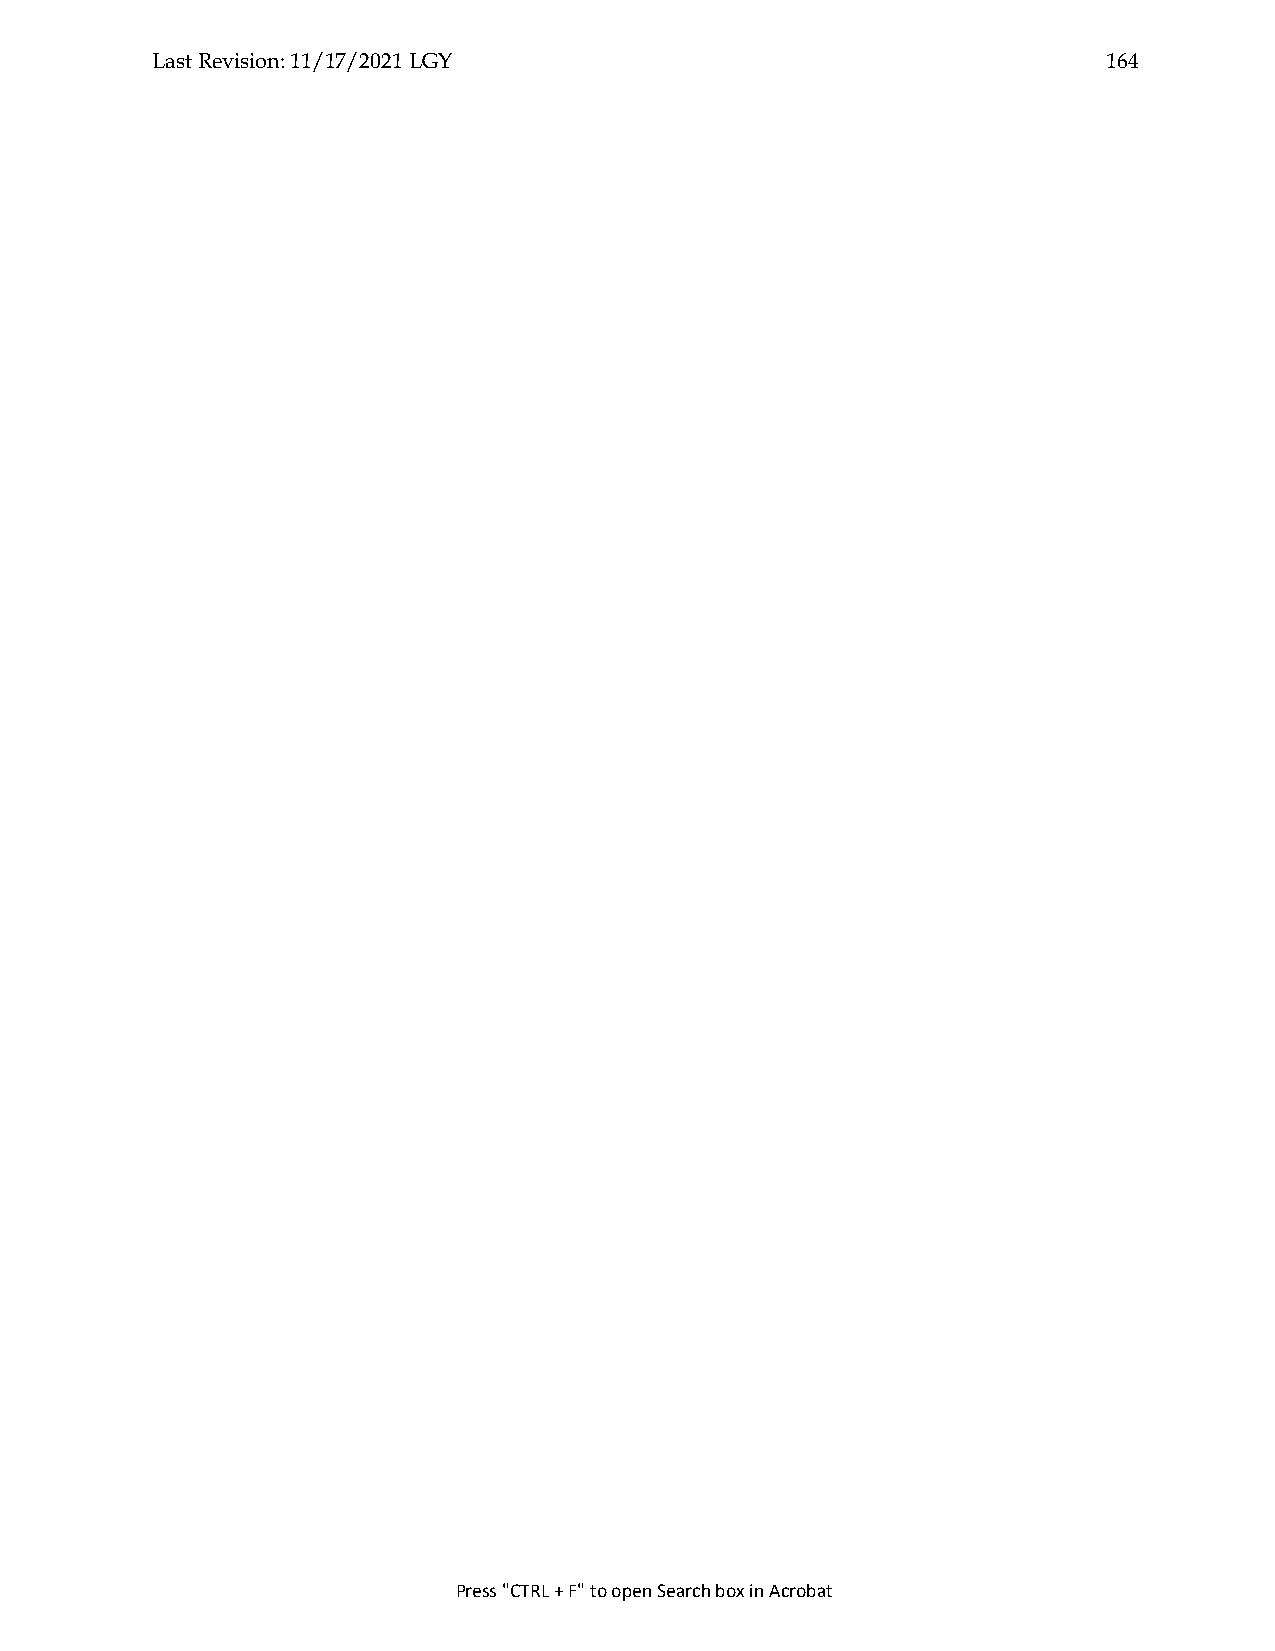
Last Revision: 11/17/2021 LGY                                  164
 Press "CTRL + F" to open Search box in Acrobat